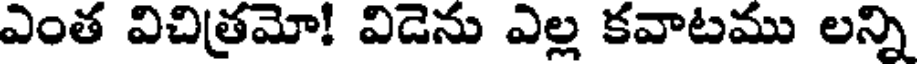
ఎంత విచిత్రమో! విడెను ఎల్ల కవాటము లన్ని